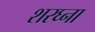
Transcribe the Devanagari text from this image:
शरघ्ना